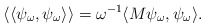
\begin{align*}\langle\langle\psi_\omega,\psi_\omega\rangle\rangle=\omega^{-1}\langle M \psi_\omega,\psi_\omega\rangle.\end{align*}